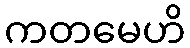
ကတမေဟိ